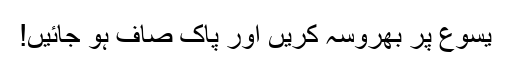
یسوع پر بھروسہ کریں اور پاک صاف ہو جائیں!